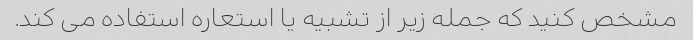
مشخص کنید که جمله زیر از تشبیه یا استعاره استفاده می کند.